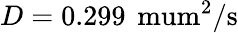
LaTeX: D=0.299\, \mathrm{{\ mum^{2}/s}}